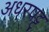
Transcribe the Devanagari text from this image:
अधरपट्ट